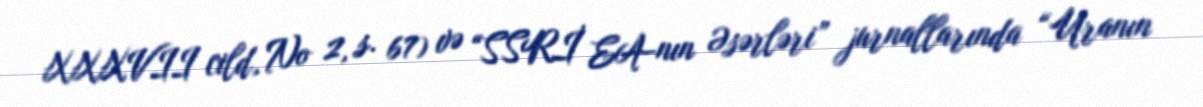
XXXVII cild, No 2, s. 67) və “SSRİ EA-nın Əsərləri” jurnallarında “Uranın